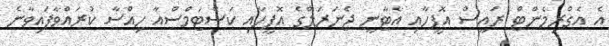
އެ އެގްރިމެންޓް ރައީސް އޮފީހާއި އެޓާނީ ޖެނަރަލްގެ އޮފީހާއި ކަސްޓަމްސްއާ ހިއްސާ ކުރައްވާފައިވާނެ